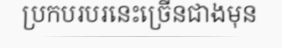
ប្រកបរបរនេះច្រើនជាងមុន